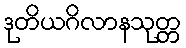
ဒုတိယဂိလာနသုတ္တ